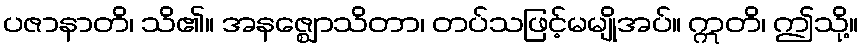
ပဇာနာတိ၊ သိ၏။ အနဇ္ဈောသိတာ၊ တပ်သဖြင့်မမျိုအပ်။ ဣတိ၊ ဤသို့။